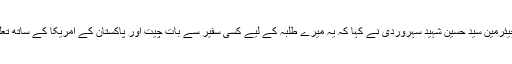
اس موقع پر پشاور یونیورسٹی کی شعبہ بین الاقوامی تعلقات کے چیئرمین سید حسین شہید سہروردی نے کہا کہ یہ میرے طلبہ کے لیے کسی سفیر سے بات چیت اور پاکستان کے امریکا کے ساتھ تعلقات کے بارے میں گہرا ادراک حاصل کرنے کا منفرد موقعہ تھا۔